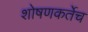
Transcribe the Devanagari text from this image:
शोषणकर्तेच